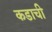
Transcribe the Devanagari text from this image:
कडाची